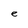
Character: e